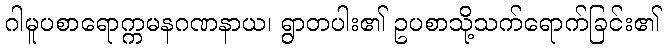
ဂါမူပစာရောက္ကမနဂဏနာယ၊ ရွာတပါး၏ ဥပစာသို့သက်ရောက်ခြင်း၏